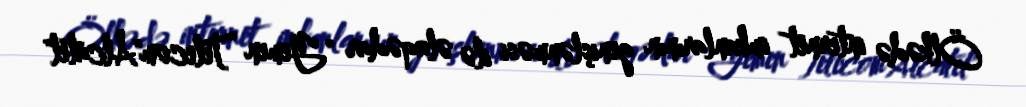
Ölkədə internet imkanlarının genişlənməsi ilə əlaqədar "Yemen Telecom"Alcatel"